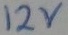
Text: 12V